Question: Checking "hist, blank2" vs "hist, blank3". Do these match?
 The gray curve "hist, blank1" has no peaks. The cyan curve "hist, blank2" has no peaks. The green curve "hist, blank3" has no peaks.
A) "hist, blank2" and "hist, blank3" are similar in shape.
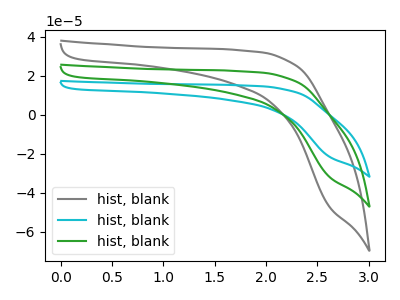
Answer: <think>Neither "hist, blank2" or "hist, blank3" have any peaks.
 </think>
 <answer>A) "hist, blank2" and "hist, blank3" are similar in shape.</answer>
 <eval>A</eval>